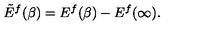
\tilde { E } ^ { f } ( \beta ) = E ^ { f } ( \beta ) - E ^ { f } ( \infty ) .